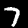
Label: 7